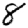
Digit: 8